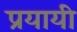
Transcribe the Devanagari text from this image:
प्रयायी